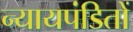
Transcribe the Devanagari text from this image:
न्यायपंडितों